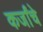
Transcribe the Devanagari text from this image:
कर्जांचे